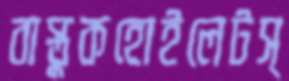
বাস্তুকহোইলেটস্